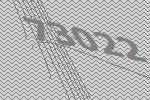
73022